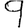
Digit: 9